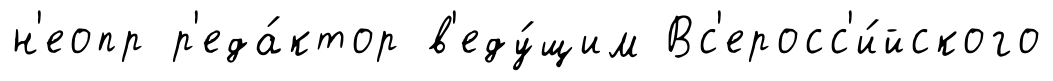
н'еопр р'еда́ктор в'еду́щим Вс'еросс'и́йского